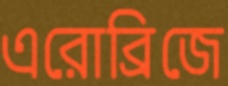
এরোব্রিজে